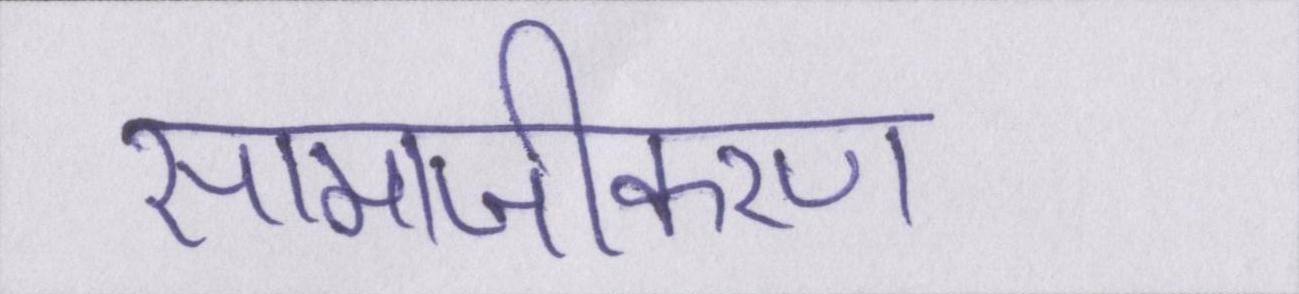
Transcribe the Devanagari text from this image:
सामाजीकरण